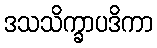
ဒသသိက္ခာပဒိကာ